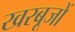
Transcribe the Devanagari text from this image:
खरबूजों